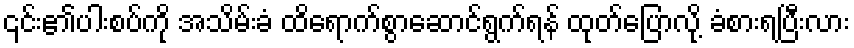
၎င်း၏ပါးစပ်ကို အသိမ်းခံ ထိရောက်စွာဆောင်ရွက်ရန် ထုတ်ပြောလို့ ခံစားရပြီးလား